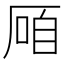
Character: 𱑠